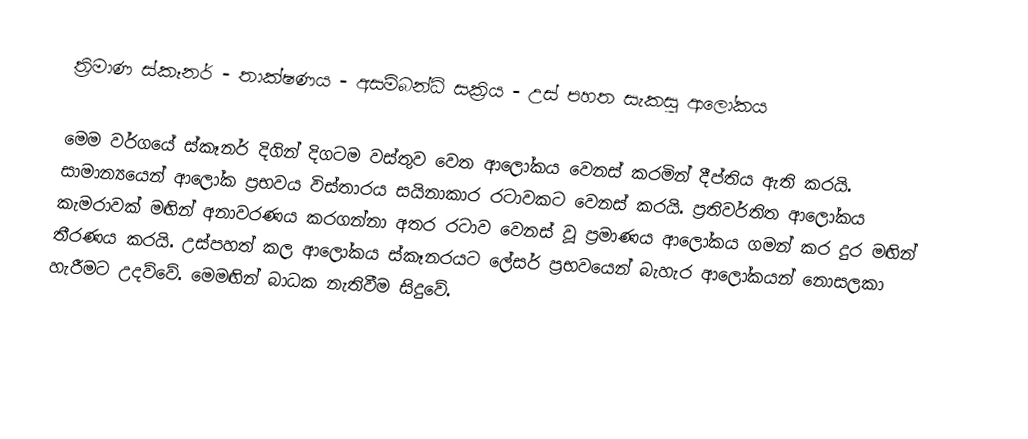
ත්‍රිමාණ ස්කෑනර් - තාක්ෂණය - අසම්බන්ධි සක්‍රිය - උස් පහත සැකසු ආලෝකය

මෙම වර්ගයේ ස්කෑනර් දිගින් දිගටම වස්තුව වෙත ආලෝකය වෙනස් කරමින් දීප්තිය ඇති කරයි. සාමාන්‍යයෙන් ආලෝක ප්‍රභවය විස්තාරය සයිනාකාර රටාවකට වෙනස් කරයි. ප්‍රතිවර්තිත ආලෝකය කැමරාවක් මඟින් අනාවරණය කර‍ගන්නා අතර රටාව වෙනස් වූ ප්‍රමාණය ආලෝකය ගමන් කර දුර මඟින් තීරණය කරයි. උස්පහත් කල ආලෝකය ස්කෑනරයට ලේසර් ප්‍රභවයෙන් බැහැර ආ‍ලෝකයන් නොසලකා හැරීමට උදව්වේ. මෙමඟින් බාධක නැතිවීම සිදුවේ.